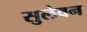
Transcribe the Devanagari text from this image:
सुलेवन